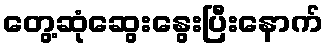
တွေ့ဆုံဆွေးနွေးပြီးနောက်